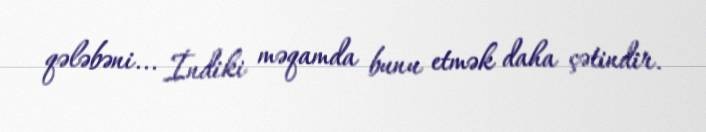
qələbəni... İndiki məqamda bunu etmək daha çətindir.